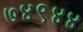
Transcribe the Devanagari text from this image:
७४९४४